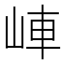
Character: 𡷖